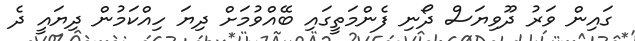
ގައިން ވަރު ދޫވިޔަސް ދޯނި ފެންމަތީގައި ބޭއްވުމަށް ދިޔަ ހިއްކަމުން ދިޔައީ ދެ